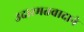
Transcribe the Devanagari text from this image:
उदारमतवादाने